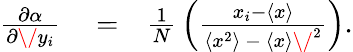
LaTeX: \begin{array}{rlr}{{\frac{\partial\alpha}{\partial\/ y_{i}}}}&{{}=}&{{\frac{1}{N}}\left(\frac{x_{i}-\langle{x}\rangle}{\langle{x}^{2}\rangle\ -\ \langle{x}\rangle\/ ^{2}}\right).}\end{array}